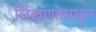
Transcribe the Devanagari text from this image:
लिखाणांमधून